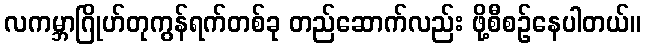
လကမ္ဘာဂြိုဟ်တုကွန်ရက်တစ်ခု တည်ဆောက်လည်း ဖို့စီစဉ်နေပါတယ်။